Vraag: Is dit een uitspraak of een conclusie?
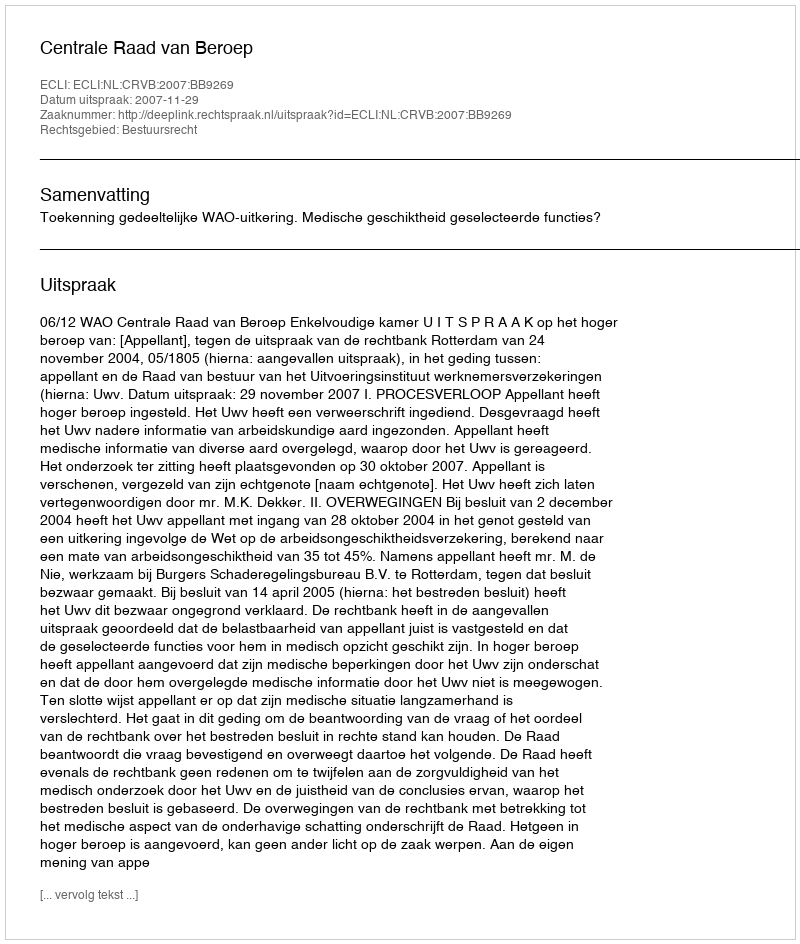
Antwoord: Uitspraak